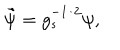
\tilde { \psi } = g _ { s } ^ { - 1 / 2 } \psi ,